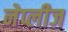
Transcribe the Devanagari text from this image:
नेप्लीज